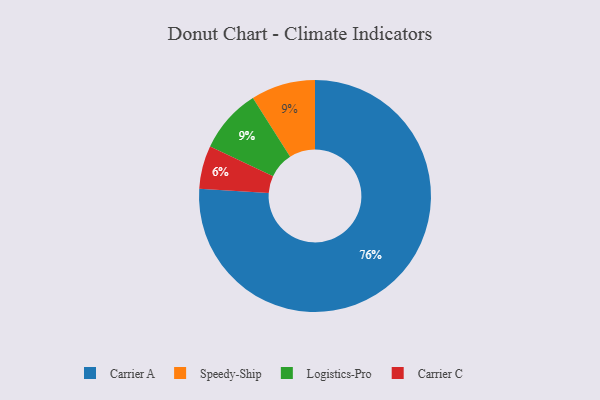
{"axis": {"x": "Category", "y": "Percentage"}, "legend": ["Carrier A", "Carrier C", "Logistics-Pro", "Speedy-Ship"], "data": [{"x": "Carrier C", "y": 6, "type": "Carrier C"}, {"x": "Carrier A", "y": 76, "type": "Carrier A"}, {"x": "Speedy-Ship", "y": 9, "type": "Speedy-Ship"}, {"x": "Logistics-Pro", "y": 9, "type": "Logistics-Pro"}]}